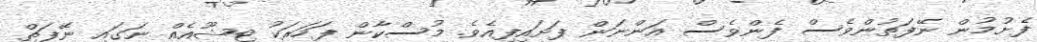
ފެށުމުން ނޭފަތުންވެސް ފެންވެސް އަންނަން ފަށައިފިއެވެ. މުސްކާން ފަހަރަކު ޓިޝޫއެއް ނަގައި ނޭފަތް